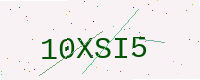
Text: 10XSI5